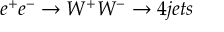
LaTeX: e ^ { + } e ^ { - } \rightarrow W ^ { + } W ^ { - } \rightarrow 4 j e t s